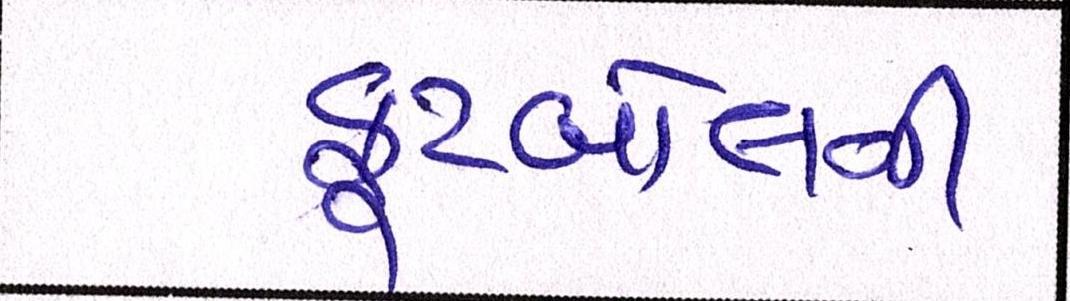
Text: ફૂટબોલની